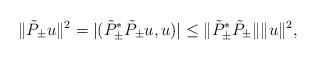
LaTeX: \begin{align*}\|\tilde P_\pm u\|^2=|(\tilde P_\pm^* \tilde P_\pm u,u)|\leq \|\tilde P_\pm^* \tilde P_\pm\|\|u\|^2,\end{align*}